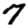
Digit: 7